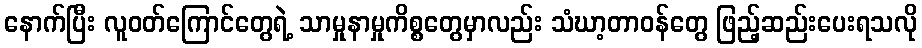
နောက်ပြီး လူဝတ်ကြောင်တွေရဲ့ သာမှုနာမှုကိစ္စတွေမှာလည်း သံဃာ့တာဝန်တွေ ဖြည့်ဆည်းပေးရသလို